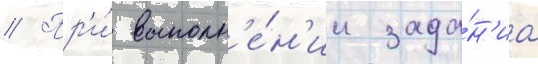
// Пр'и́ выполн'е́н'ии зада́н'иа